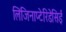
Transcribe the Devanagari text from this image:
लिजिनाप्टेरिडेसिई